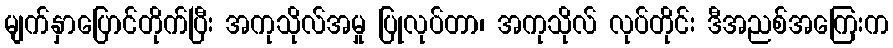
မျက်နှာပြောင်တိုက်ပြီး အကုသိုလ်အမှု ပြုလုပ်တာ၊ အကုသိုလ် လုပ်တိုင်း ဒီအညစ်အကြေးက